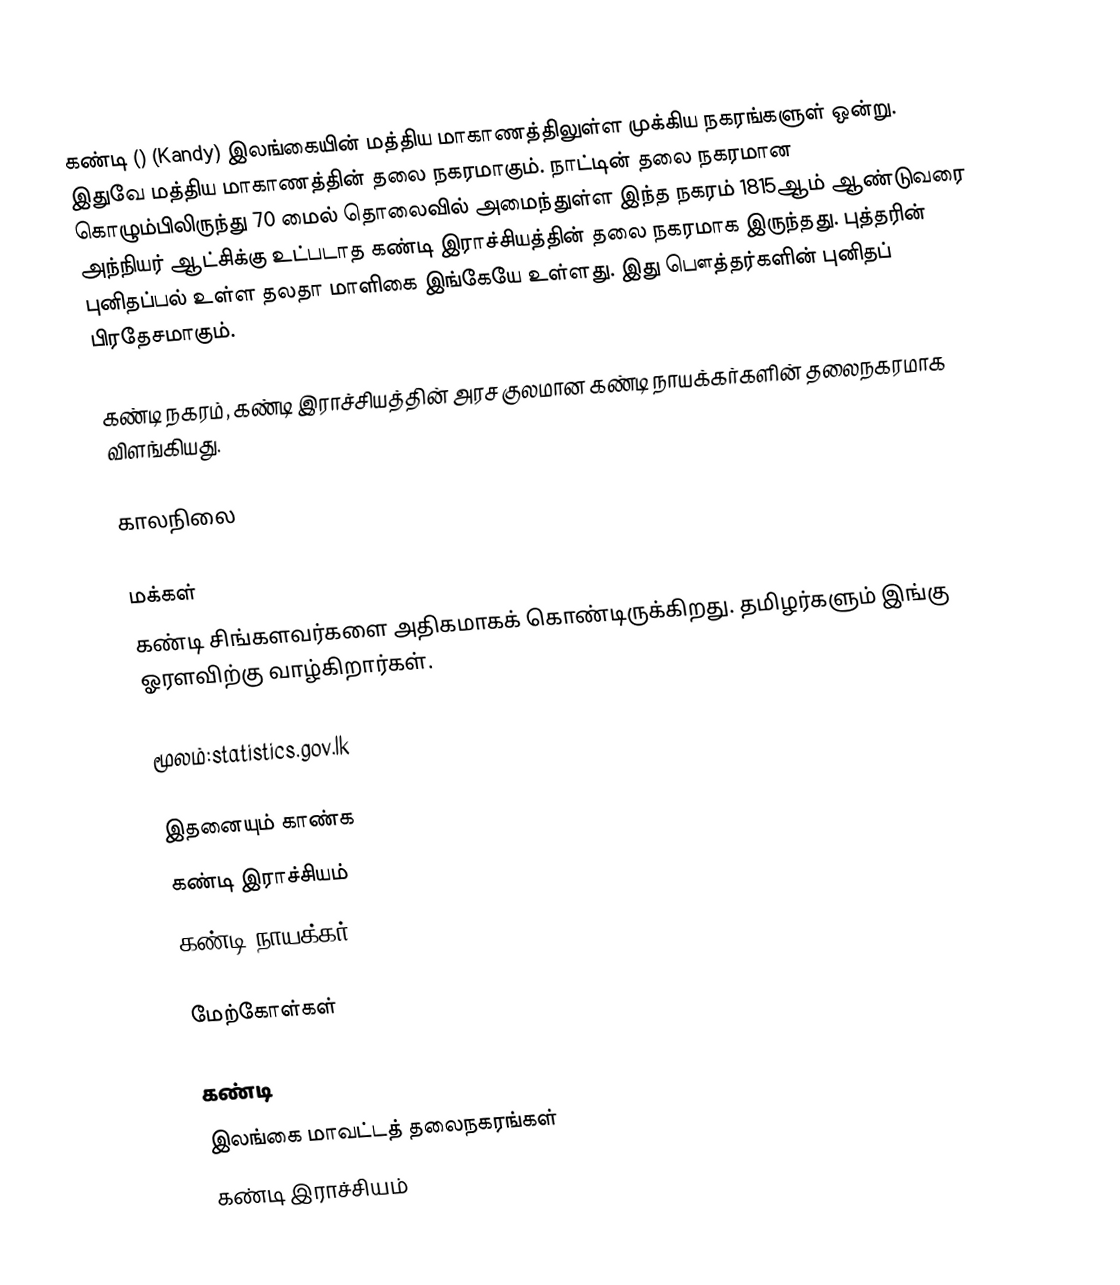
கண்டி () (Kandy) இலங்கையின் மத்திய மாகாணத்திலுள்ள முக்கிய நகரங்களுள் ஒன்று. இதுவே மத்திய மாகாணத்தின் தலை நகரமாகும். நாட்டின் தலை நகரமான கொழும்பிலிருந்து 70 மைல் தொலைவில் அமைந்துள்ள இந்த நகரம் 1815ஆம் ஆண்டுவரை அந்நியர் ஆட்சிக்கு உட்படாத கண்டி இராச்சியத்தின் தலை நகரமாக இருந்தது. புத்தரின் புனிதப்பல் உள்ள தலதா மாளிகை இங்கேயே உள்ளது. இது பௌத்தர்களின் புனிதப் பிரதேசமாகும்.

கண்டி நகரம், கண்டி இராச்சியத்தின் அரச குலமான கண்டி நாயக்கர்களின் தலைநகரமாக விளங்கியது.

காலநிலை

மக்கள்
கண்டி சிங்களவர்களை அதிகமாகக் கொண்டிருக்கிறது. தமிழர்களும்  இங்கு ஓரளவிற்கு வாழ்கிறார்கள்.

மூலம்:statistics.gov.lk

இதனையும் காண்க
 கண்டி இராச்சியம்
 கண்டி நாயக்கர்

மேற்கோள்கள்

கண்டி
இலங்கை மாவட்டத் தலைநகரங்கள்
கண்டி இராச்சியம்